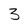
Character: 3